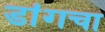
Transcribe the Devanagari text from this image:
डांगचा